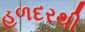
હળદરથી